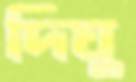
দিঘু